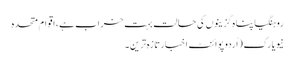
روہنگیا پناہ گزینوں کی حالت بہت خراب ہے، اقوام متحدہ
نیویارک (اُردو پوائنٹ اخبارتازہ ترین۔